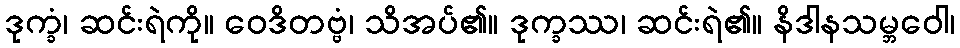
ဒုက္ခံ၊ ဆင်းရဲကို။ ဝေဒိတဗ္ဗံ၊ သိအပ်၏။ ဒုက္ခဿ၊ ဆင်းရဲ၏။ နိဒါနသမ္ဘဝေါ၊